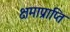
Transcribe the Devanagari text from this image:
क्षमाप्राप्ति